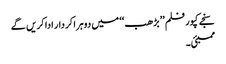
سنجے کپور فلم ’’بڑھب ‘‘ میں دوہرا کردار ادا کریں گے
ممبئی۔